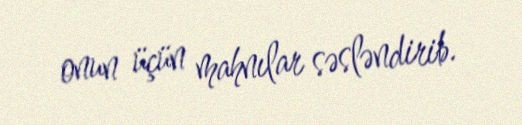
onun üçün mahnılar səsləndirib.